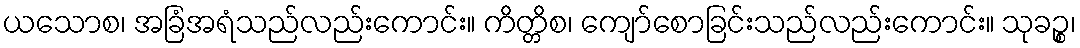
ယသောစ၊ အခြံအရံသည်လည်းကောင်း။ ကိတ္တိစ၊ ကျော်စောခြင်းသည်လည်းကောင်း။ သုခဉ္စ၊